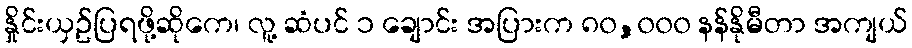
နှိုင်းယှဥ်ပြရဖို့ဆိုကေ၊ လူ့ ဆံပင် ၁ ချောင်း အပြားက ၈၀,၀၀၀ နန်နိုမီတာ အကျယ်